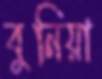
বুনিয়া